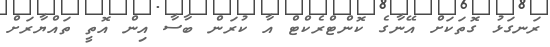
ރަނގަޅު ގޮތަކަަށް އޭނާގެ ކޮންޓްރެކްޓް އާ ކުރަން ބާސާ އިން އޮތީ ތައްޔާރަށް